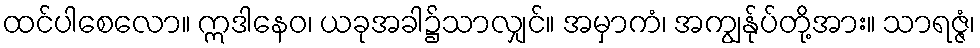
ထင်ပါစေလော။ ဣဒါနေဝ၊ ယခုအခါ၌သာလျှင်။ အမှာကံ၊ အကျွန်ုပ်တို့အား။ သာရဇ္ဇံ၊